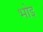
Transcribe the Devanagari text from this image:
भोइ